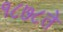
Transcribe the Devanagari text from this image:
१८७८ते